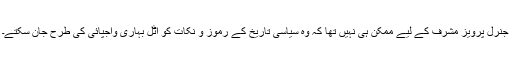
جنرل پرویز مشرف کے لیے ممکن ہی نہیں تھا کہ وہ سیاسی تاریخ کے رموز و نکات کو اٹل بہاری واجپائی کی طرح جان سکتے۔